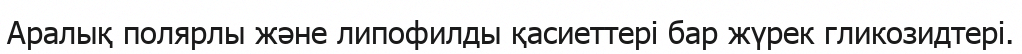
Аралық полярлы жəне липофилды қасиеттері бар жүрек гликозидтері.